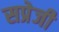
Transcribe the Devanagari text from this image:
सप्रेजी